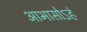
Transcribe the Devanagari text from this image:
आभासोऽहं